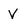
Character: V